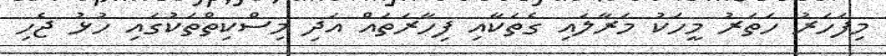
މިފަހަރު ހަތަރު މީހަކު މަރާލައި ގެތަކާއި ފިހާރަތައް އަދި މިސްކިތްތަކުގައި ހުޅު ޖެހި